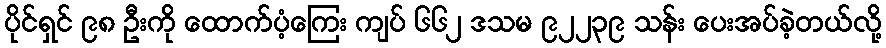
ပိုင်ရှင် ၉၈ ဦးကို ထောက်ပံ့ကြေး ကျပ် ၆၆၂ ဒသမ ၉၂၂၃၉ သန်း ပေးအပ်ခဲ့တယ်လို့